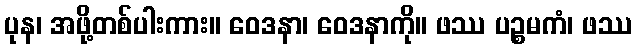
ပုန၊ အဖို့တစ်ပါးကား။ ဝေဒနာ၊ ဝေဒနာကို။ ဖဿ ပဉ္စမကံ၊ ဖဿ